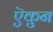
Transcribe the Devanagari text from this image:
ऎकुन